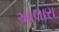
આલારા